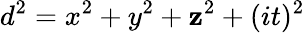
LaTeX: d^{2}=x^{2}+y^{2}+\mathbf{z}^{2}+(it)^{2}